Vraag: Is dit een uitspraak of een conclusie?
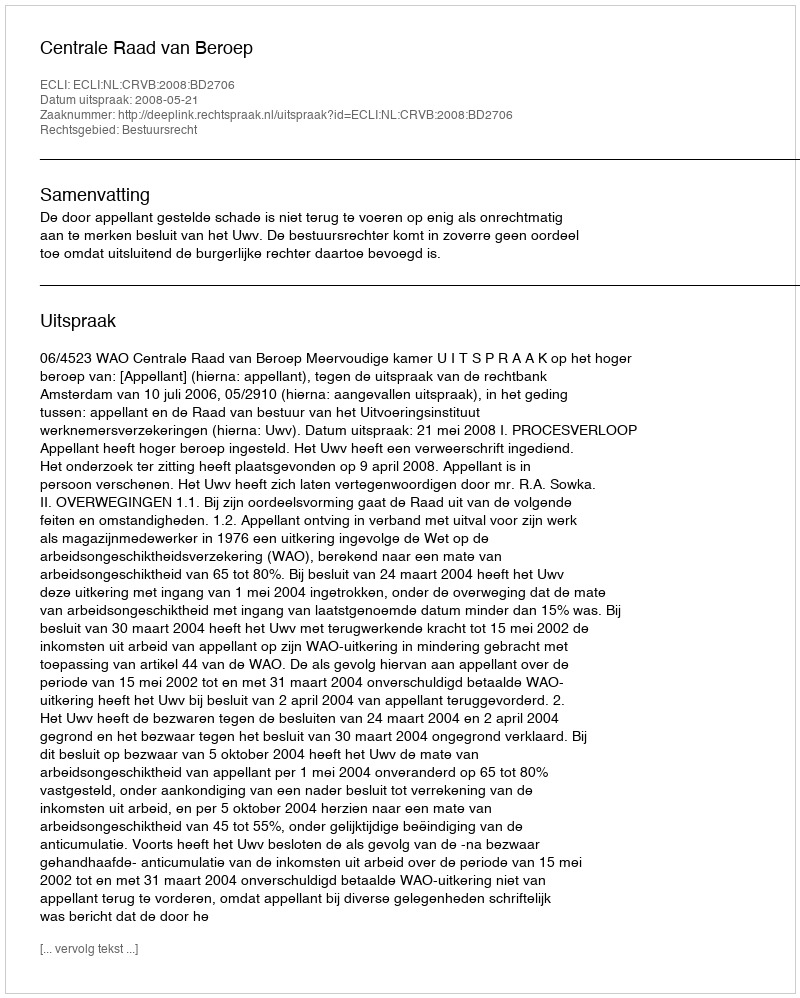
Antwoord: Uitspraak